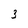
Character: 3